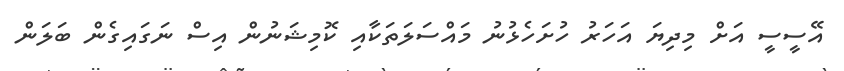
އޭސީސީ އަށް މިދިޔަ އަހަރު ހުށަހެޅުނު މައްސަލަތަކާއި ކޮމިޝަނުން އިސް ނަގައިގެން ބަލަން